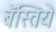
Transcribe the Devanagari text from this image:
बॅस्तिये